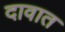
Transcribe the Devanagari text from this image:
दावात